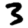
Digit: 3